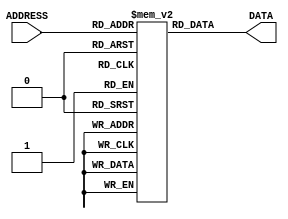
module ROM(
    input [9:0] ADDRESS,    
    output [31:0] DATA
);
    reg [31:0] memory [1023:0]; // 10-bit address. 32-bit cell size.

    assign DATA = memory[ADDRESS];

    initial begin
        // Example program:

        memory[0] = 32'h00000013; // nop (add x0 x0 0)
        
        // start:
        memory[1] = 32'h00100093; // addi x1 x0 1
        memory[2] = 32'h00100313; // addi x6 x0 1
        memory[3] = 32'h00400613; // addi x12 x0 4
        memory[4] = 32'h0060A023; // sw x6 0(x1)        x6 R2 Dep (WB)

        // loop:
        memory[5] = 32'h0000A303; // lw x6 0(x1)        
        memory[6] = 32'h00130313; // addi x6 x6 1       LoadStall and x6 R1 Dep (WB)
        memory[7] = 32'h0060A023; // sw x6 0(x1)        x6 R2 Dep
        memory[8] = 32'hFEC34AE3; // blt x6 x12 -12     x6 R1 Dep (WB)

        // data_dep_test:
        memory[9] = 32'h03700413; // addi x8 x0 55
        memory[10] = 32'h00800433; // add x8 x0 x8      x8 R2 Dep
        memory[11] = 32'h00140413; // addi x8 x8 1      x8 R1 Dep
        
        // finish:
        memory[12] = 32'h00000013; // nop (add x0 x0 0)
    end
endmodule